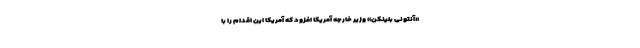
«آنتونی بلینکن» وزیر خارجه آمریکا افزود که آمریکا این اقدام را با